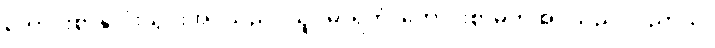
ကောင်းစွာနှလုံးသွင်းအပ်သည်။ သူပဓာရိတံ၊ ကောင်းစွာမှတ်အပ်သည်။ ပညာယ၊